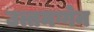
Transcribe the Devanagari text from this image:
उत्तमग्गेन